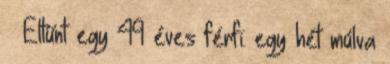
» Eltűnt egy 49 éves férfi: egy hét múlva